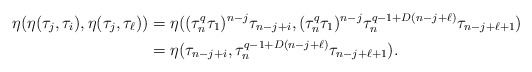
\begin{align*}\eta(\eta(\tau_j, \tau_i),\eta(\tau_j,\tau_\ell))&= \eta((\tau_n^q\tau_1)^{n-j}\tau_{{n-j+i}},(\tau_n^q\tau_1)^{n-j} \tau_n^{q-1+D(n-j+\ell)}\tau_{{n-j+\ell+1}})\\&=\eta(\tau_{{n-j+i}},\tau_n^{q-1+D(n-j+\ell)}\tau_{{n-j+\ell+1}}).\end{align*}